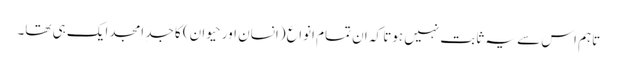
تاہم اس سے یہ ثابت نہیں ہوتا کہ ان تمام انواع (انسان اور حیوان) کا جدِ امجد ایک ہی تھا۔